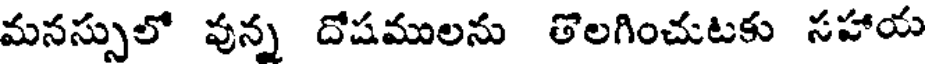
మనస్సులో వున్న దోషములను తొలగించుటకు సహాయ